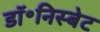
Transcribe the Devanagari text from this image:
डॉ॰निस्बेट